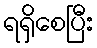
ရရှိစေပြီး